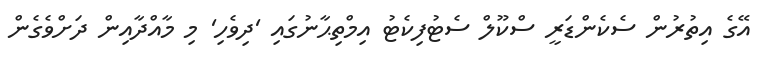
އޭގެ އިތުރުން ސެކެންޑަރީ ސްކޫލް ސެޓުފިކެޓު އިމްތިޙާނުގައި 'ދިވެހި' މި މާއްދާއިން ދަށްވެގެން